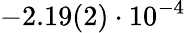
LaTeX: -2.19(2)\cdot 10^{-4}